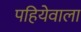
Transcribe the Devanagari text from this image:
पहियेवाला